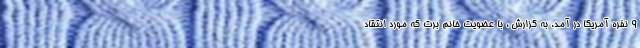
9 نفره آمریکا در آمد. به گزارش ، با عضویت خانم برت که مورد انتقاد